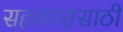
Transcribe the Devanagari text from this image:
सहकारासाठी